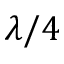
\lambda / 4